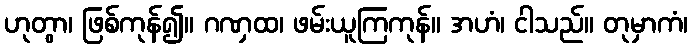
ဟုတွာ၊ ဖြစ်ကုန်၍။ ဂဏှထ၊ ဖမ်းယူကြကုန်။ အဟံ၊ ငါသည်။ တုမှာကံ၊